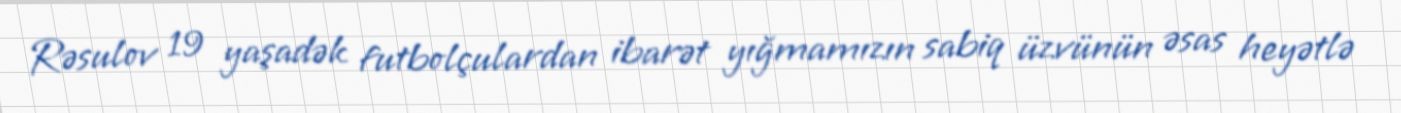
Rəsulov 19 yaşadək futbolçulardan ibarət yığmamızın sabiq üzvünün əsas heyətlə